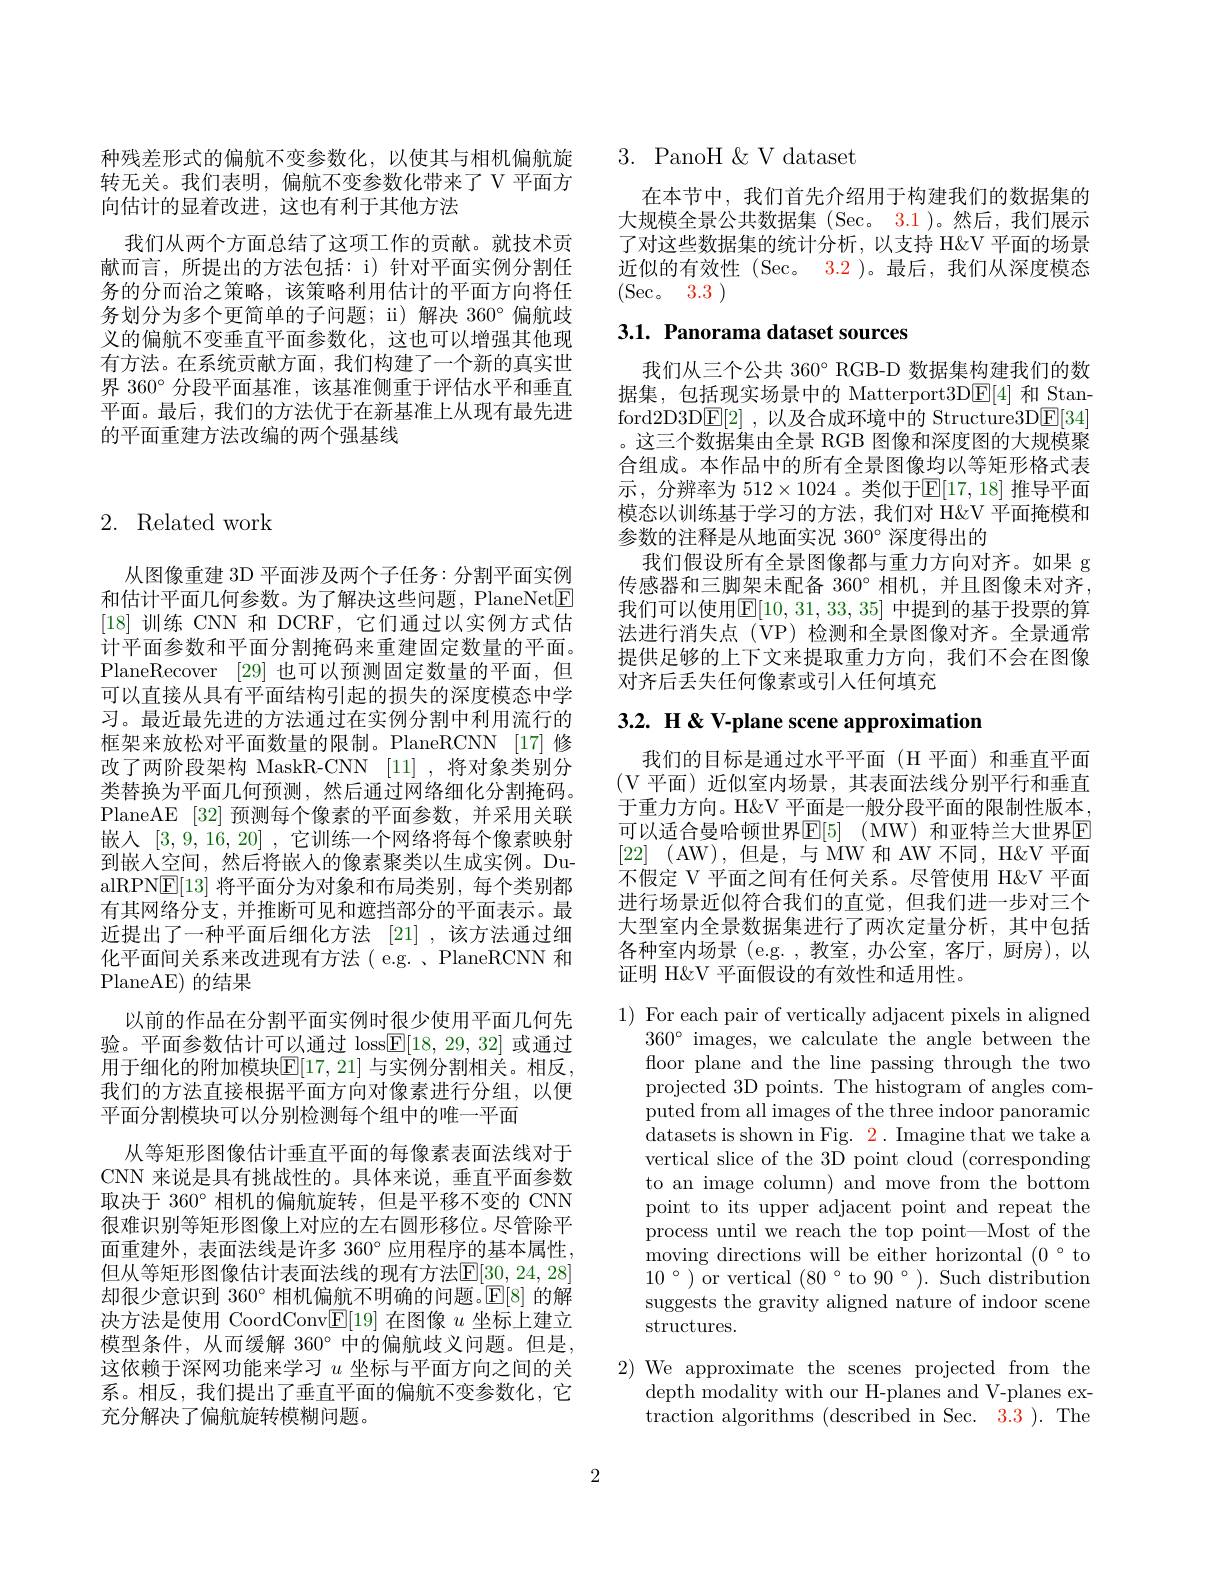
种残差形式的偏航不变参数化，以使其与相机偏航旋转无关。我们表明，偏航不变参数化带来了 V 平面方向估计的显着改进，这也有利于其他方法
我们从两个方面总结了这项工作的贡献。就技术贡献而言，所提出的方法包括：i) 针对平面实例分割任务的分而治之策略，该策略利用估计的平面方向将任务划分为多个更简单的子问题；ii)解决 360°偏航歧义的偏航不变垂直平面参数化，这也可以增强其他现有方法。在系统贡献方面，我们构建了一个新的真实世界 360° 分段平面基准，该基准侧重于评估水平和垂直平面。最后，我们的方法优于在新基准上从现有最先进的平面重建方法改编的两个强基线

## 2. Related work

从图像重建 3D 平面涉及两个子任务：分割平面实例和估计平面几何参数。为了解决这些问题，PlaneNet$\boxed{\mathrm{F}}$ [18]训练 CNN 和 DCRF, 它们通过以实例方式估计平面参数和平面分割掩码来重建固定数量的平面。PlaneRecover [29]也可以预测固定数量的平面，但可以直接从具有平面结构引起的损失的深度模态中学习。最近最先进的方法通过在实例分割中利用流行的框架来放松对平面数量的限制。PlaneRCNN [17]修改了两阶段架构 MaskR-CNN [11] ,将对象类别分类替换为平面几何预测，然后通过网络细化分割掩码。PlaneAE [32]预测每个像素的平面参数，并采用关联嵌入[3,9,16,20] ,它训练一个网络将每个像素映射到嵌入空间，然后将嵌入的像素聚类以生成实例。DualRPN$\underline{\mathrm{E}}[13]$将平面分为对象和布局类别，每个类别都有其网络分支，并推断可见和遮挡部分的平面表示。最近提出了一种平面后细化方法[21] ,该方法通过细化平面间关系来改进现有方法( e.g. 、PlaneRCNN 和PlaneAE) 的结果
以前的作品在分割平面实例时很少使用平面几何先验。平面参数估计可以通过 loss$\boxed{\mathrm{E}}[18,29,32]$或通过用于细化的附加模块$\mathbb{E}[17,21]$ 与实例分割相关。相反， 我们的方法直接根据平面方向对像素进行分组，以便平面分割模块可以分别检测每个组中的唯一平面
从等矩形图像估计垂直平面的每像素表面法线对于CNN 来说是具有挑战性的。具体来说，垂直平面参数取决于 360° 相机的偏航旋转，但是平移不变的 CNN 很难识别等矩形图像上对应的左右圆形移位。尽管除平面重建外，表面法线是许多 360° 应用程序的基本属性， 但从等矩形图像估计表面法线的现有方法$\mathbb{E}[\underline{30},24,28]$ 却很少意识到 360° 相机偏航不明确的问题。$\mathbb{E}[8]$的解决方法是使用 CoordConv$\mathbb{E}[19]$在图像$u$坐标上建立模型条件，从而缓解 360°中的偏航歧义问题。但是， 这依赖于深网功能来学习$u$坐标与平面方向之间的关系。相反，我们提出了垂直平面的偏航不变参数化，它充分解决了偏航旋转模糊问题。

## 3.PanoH$\&$V dataset

在本节中，我们首先介绍用于构建我们的数据集的大规模全景公共数据集 (Sec。3.1 )。然后，我们展示了对这些数据集的统计分析，以支持 H&V 平面的场景近似的有效性(Sec。3.2)。最后，我们从深度模态(Sec。3.3)

# 3.1. Panorama dataset sources

我们从三个公共 360° RGB-D 数据集构建我们的数据集，包括现实场景中的 Matterport3DE[ 4] 和 Stanford2D3D$\boxed{\mathrm{E} }[ 2]$ ,以及合成环境中的 Structure3D$\boxed{\mathrm{F}}[34]$ 。这三个数据集由全景 RGB 图像和深度图的大规模聚合组成。本作品中的所有全景图像均以等矩形格式表示 , 分辨率为 $512\times1024$ 。类似于$\mathbb{E}[17,18]$ 推导平面模态以训练基于学习的方法，我们对 H&V 平面掩模和参数的注释是从地面实况 360° 深度得出的
我们假设所有全景图像都与重力方向对齐。如果 g 传感器和三脚架未配备 360°相机，并且图像未对齐， 我们可以使用$\mathbb{E}[10,31,33,35]$ 中提到的基于投票的算法进行消失点(VP)检测和全景图像对齐。全景通常提供足够的上下文来提取重力方向，我们不会在图像对齐后丢失任何像素或引人任何填充

3.2. H & V-plane scene approximation

我们的目标是通过水平平面(H 平面)和垂直平面(V 平面)近似室内场景，其表面法线分别平行和垂直于重力方向。H&V 平面是一般分段平面的限制性版本， 可以适合曼哈顿世界$\operatorname { E} [ 5]$ $\operatorname { ( MW) }$ 和亚特兰大世界$\operatorname{E}$ [22] (AW),但是，与 MW 和 AW 不同，H&V 平面不假定 V 平面之间有任何关系。尽管使用 H&V 平面进行场景近似符合我们的直觉，但我们进一步对三个大型室内全景数据集进行了两次定量分析，其中包括各种室内场景 (e.g.,教室，办公室，客厅，厨房),以证明 H&V 平面假设的有效性和适用性。

1) For each pair of vertically adjacent pixels in aligned
$360^{\circ}$ images, we calculate the angle between the floor plane and the line passing through the two projected 3D points. The histogram of angles computed from all images of the three indoor panoramic datasets is shown in Fig. 2. Imagine that we take a vertical slice of the 3D point cloud (corresponding to an image column) and move from the bottom point to its upper adjacent point and repeat the process until we reach the top point—Most of the moving directions will be either horizontal $(0°$ to $10°)$ or vertical $(80°$ to $90°).$ Such distribution suggests the gravity aligned nature of indoor scene structures.

2) We approximate the scenes projected from the
depth modality with our H-planes and V-planes extraction algorithms (described in Sec. 3.3 ). The

2